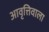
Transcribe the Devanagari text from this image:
आवृत्तिवाला